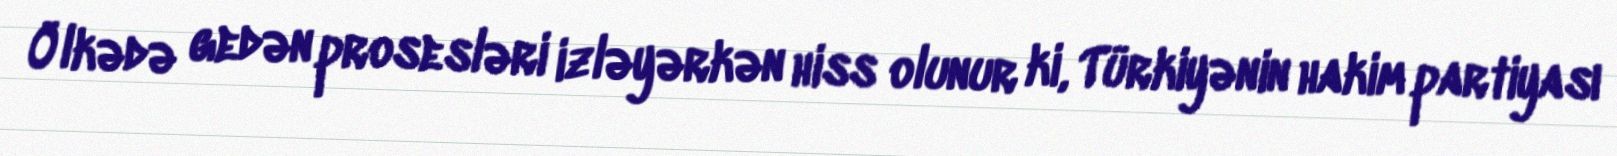
Ölkədə gedən prosesləri izləyərkən hiss olunur ki, Türkiyənin hakim partiyası